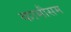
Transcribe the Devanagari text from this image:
कामौसम